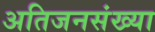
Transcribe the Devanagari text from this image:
अतिजनसंख्या